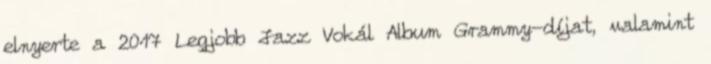
elnyerte a 2017 Legjobb Jazz Vokál Album Grammy-díjat, valamint